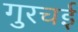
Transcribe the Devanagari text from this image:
गुरचई